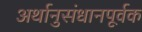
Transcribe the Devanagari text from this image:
अर्थानुसंधानपूर्वक